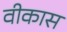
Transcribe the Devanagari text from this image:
वीकास